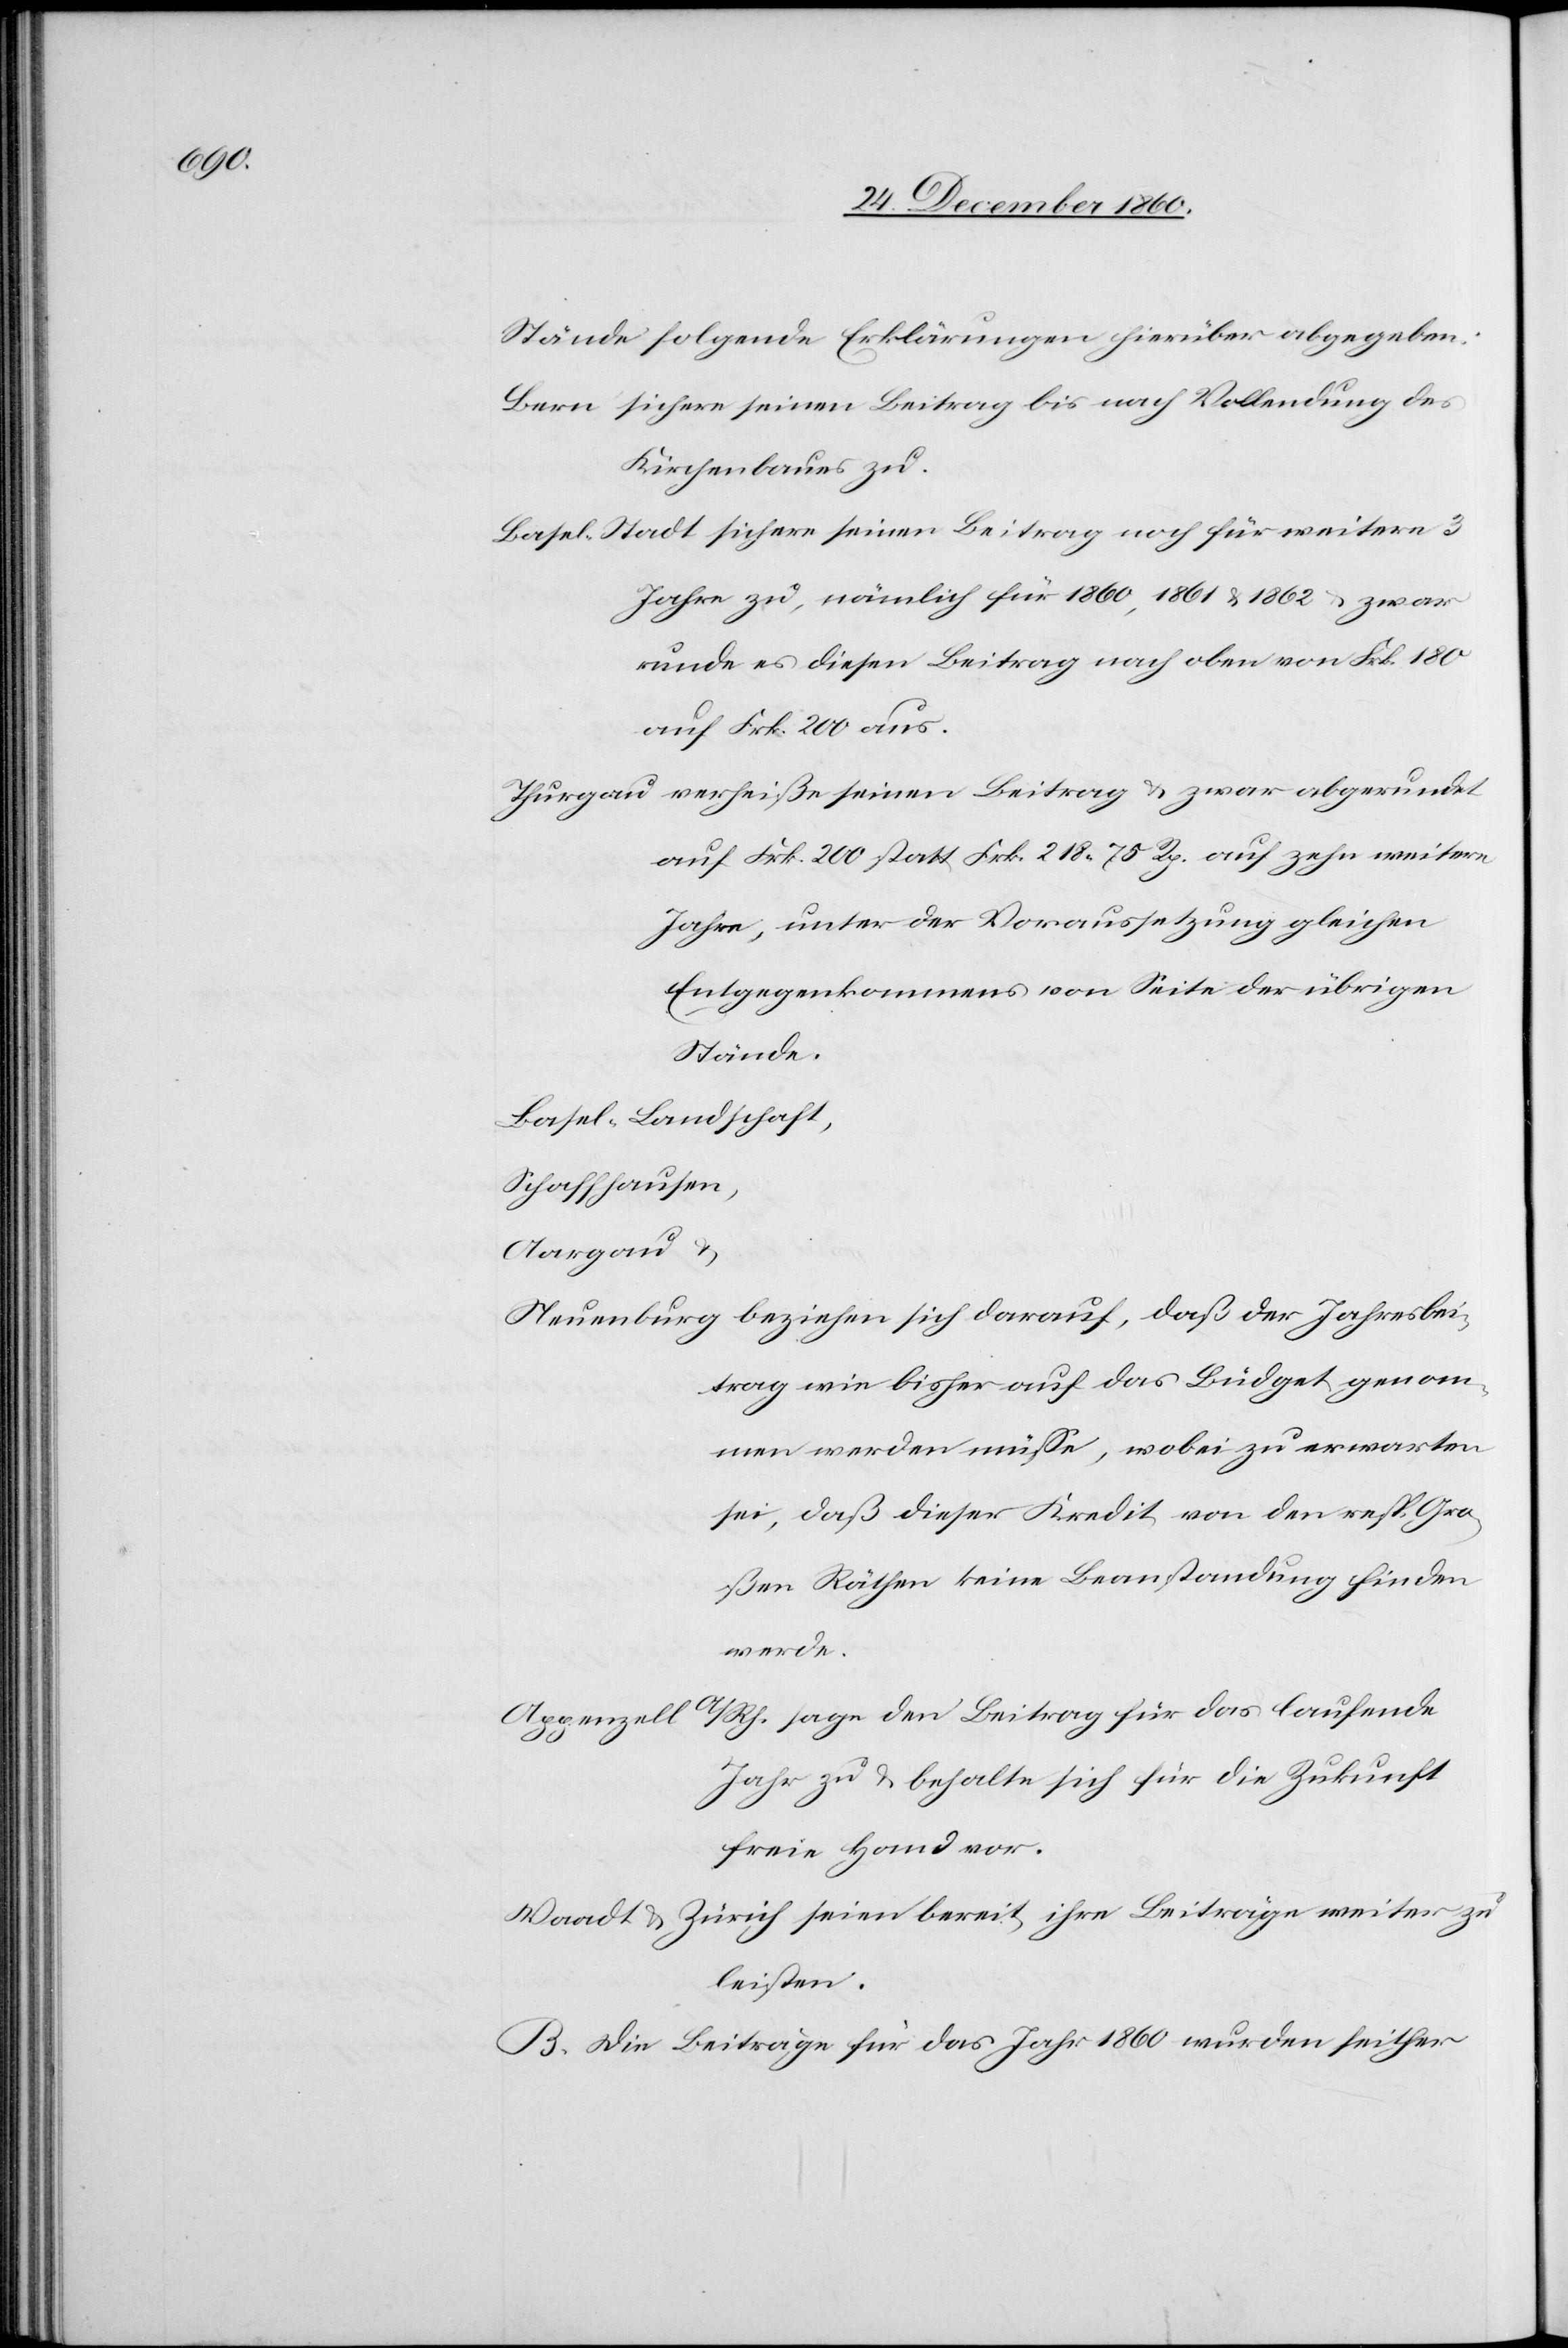
weitere

Stände folgende Erklärungen hierüber abgegeben:
sichere seinen Beitrag bis nach Vollendung des
Kirchenbaues zu.
Jahre zu, nämlich für 1860, 1861 u. 1862 u. zwar
runde es diesen Beitrag nach oben von Frk. 180
auf Frk. 200 aus.
auf Frk. 200 statt Frk. 218 75 Rp. auf zehn weitere
Jahre, unter der Voraussetzung gleichen
Entgegenkommens von Seite der übrigen
Stände.
Basel-Landschaft,
Schaffhausen,
u.
Aargau
trag wie bisher auf das Büdget genom¬
men werden müsse, wobei zu erwarten
sei, daß dieser Kredit von den resp. Gro¬
ßen Räthen keine Beanstandung finden
werde.
Jahr zu u. behalte sich für die Zukunft
freie Hand vor.
Waadt u. Zürich seien bereit, ihre Beiträge weiter zu
leisten.
B. Die Beiträge für das Jahr 1860 wurden seither